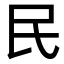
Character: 民